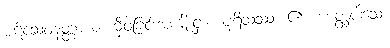
ပဋိသေဝနတ္ထာယ၊ မှီဝဲခြင်းအကျိုးငှာ။ ပုရိသဿ၊ ၏။ ဟတ္ထပါသေ၊